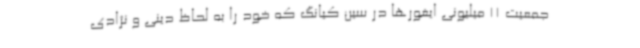
جمعیت 11 میلیونی ایغورها در سین کیانگ که خود را به لحاظ دینی و نژادی